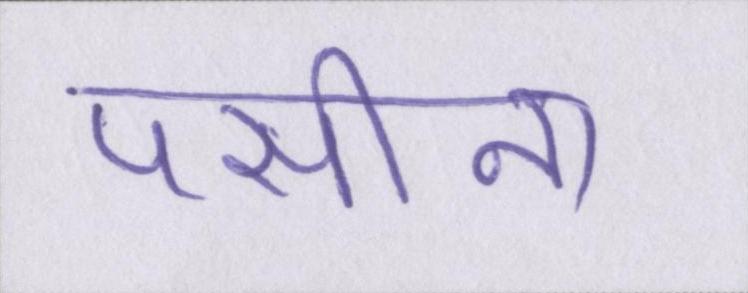
पसीना